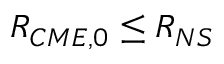
R _ { C M E , 0 } \leq R _ { N S }